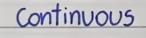
Continous